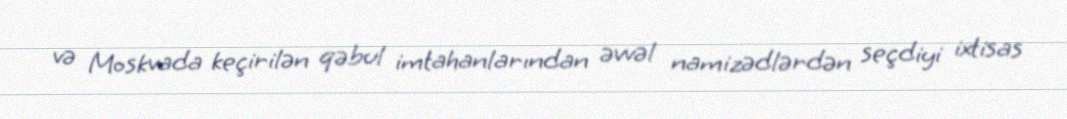
və Moskvada keçirilən qəbul imtahanlarından əvvəl namizədlərdən seçdiyi ixtisas